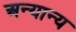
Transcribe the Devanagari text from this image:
अन्‍यान्‍य